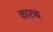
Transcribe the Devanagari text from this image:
कारुष